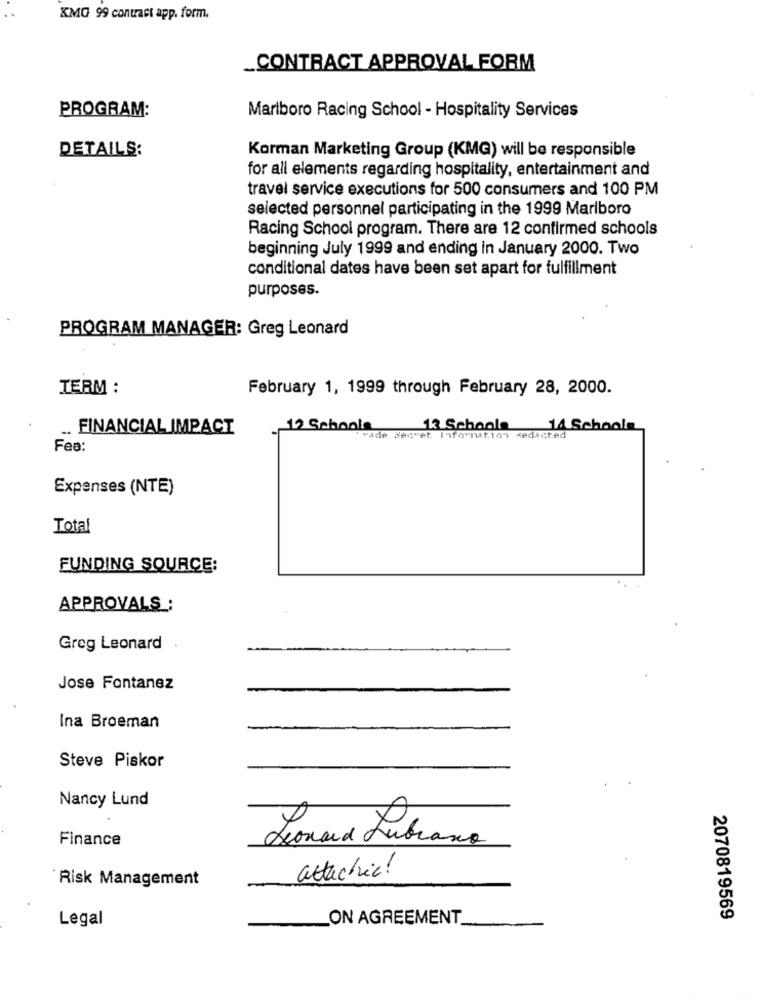
KMG 99 contact app. form.
_CONTRACT APPROVAL FORM
PROGRAM:
Marlboro Racing School - Hospitality Services
Korman Marketing Group (KMG) will be responsible
DETAILS:
for all elements regarding hospitality, entertainment and
travel service executions for 500 consumers and 100 PM
selected personnel participating in the 1999 Marlboro
Racing School program. There are 12 confirmed schools
beginning July 1999 and ending in January 2000. Two
conditional dates have been set apart for fulfillment
purposes.
PROGRAM MANAGER: Greg Leonard
TERM :
February 1, 1999 through February 28, 2000.
FINANCIAL IMPACT
12 Schools
13 Schoole
14 Schoole
"vade Secret. Information <edicted
Fea:
Expenses (NTE)
Total
FUNDING SOURCE:
APPROVALS :
Greg Leonard
Jose Fontanez
Ina Broeman
Steve Piskor
Nancy Lund
Finance
Leonard Lubrano
attachie!
Risk Management
Legal
ON AGREEMENT
2070819569